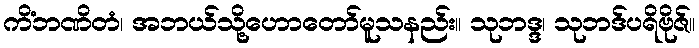
ကိံဘဏိတံ၊ အဘယ်သို့ဟောတော်မူသနည်း။ သုဘဒ္ဒ၊ သုဘဒ်ပရိဗိုဇ်။